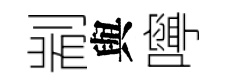
剬與嚀